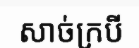
សាច់ក្របី